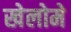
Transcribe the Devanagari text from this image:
खेलोमे